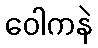
ဝေါကနဲ